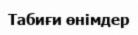
Табиғи өнімдер